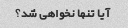
آیا تنها نخواهی شد؟